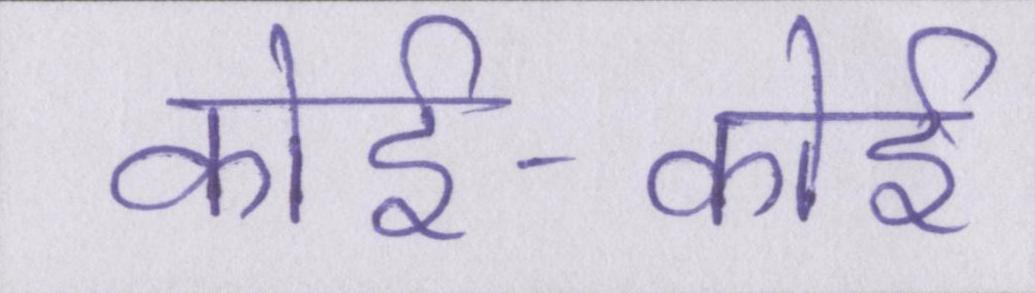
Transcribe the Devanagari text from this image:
कोई-कोई